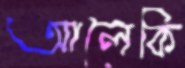
আলেকি